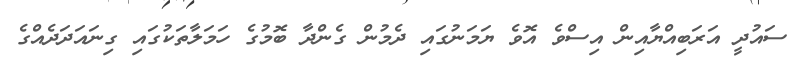
ސައުދީ އަރަބިއްޔާއިން އިސްވެ އޮވެ ޔަމަނުގައި ދެމުން ގެންދާ ބޮމުގެ ހަމަލާތަކުގައި ގިނައަދަދެއްގެ